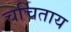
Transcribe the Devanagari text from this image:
चर्चिताय